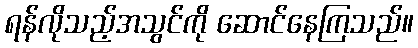
ရန်လိုသည့်အသွင်ကို ဆောင်နေကြသည်။